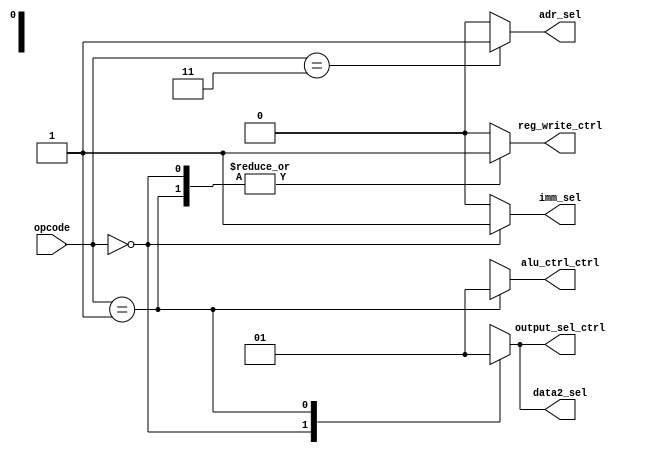
`timescale 1ns / 1ps
//////////////////////////////////////////////////////////////////////////////////
// Company: 
// Engineer: 
// 
// Design Name: 
// Module Name:    Control_Unit 
// Project Name: 
// Target Devices: 
// Tool versions: 
// Description: 
//
// Dependencies: 
//
// Revision: 
// Revision 0.01 - File Created
// Additional Comments: 
//
//////////////////////////////////////////////////////////////////////////////////
module Control_Unit(
	input wire [1:0] opcode,
	output reg reg_write_ctrl,
	output reg [1:0] alu_ctrl_ctrl,
	output reg output_sel_ctrl,
	output reg adr_sel,
	output reg imm_sel,
	output reg data2_sel
    );
	 
	localparam [1:0] LI = 2'b00;
	localparam [1:0] SLL = 2'b01;	
	localparam [1:0] J = 2'b11;

	always@(*)
	begin
		case(opcode)
		LI:
			begin
			reg_write_ctrl = 1'b1;
			alu_ctrl_ctrl = 2'bx;
			output_sel_ctrl = 1'b0;
			adr_sel = 1'b0;
			imm_sel = 1'b1;
			data2_sel = 1'b0;
			end
		SLL:
			begin
			reg_write_ctrl = 1'b1;
			alu_ctrl_ctrl = 2'b01;
			output_sel_ctrl = 1'b1;
			adr_sel = 1'b0;
			imm_sel = 1'b0;
			data2_sel = 1'b1;
			end
		J:
			begin
			reg_write_ctrl = 1'b0;
			alu_ctrl_ctrl = 2'bx;
			output_sel_ctrl = 1'bx;
			adr_sel = 1'b1;
			imm_sel = 1'b0;
			data2_sel = 1'bx;
			end
		default:
			begin
			reg_write_ctrl = 1'b0;
			alu_ctrl_ctrl = 2'bx;
			output_sel_ctrl = 1'bx;
			adr_sel = 1'b0;
			imm_sel = 1'b0;
			data2_sel = 1'bx;
			end
		endcase
	end
			
			


endmodule